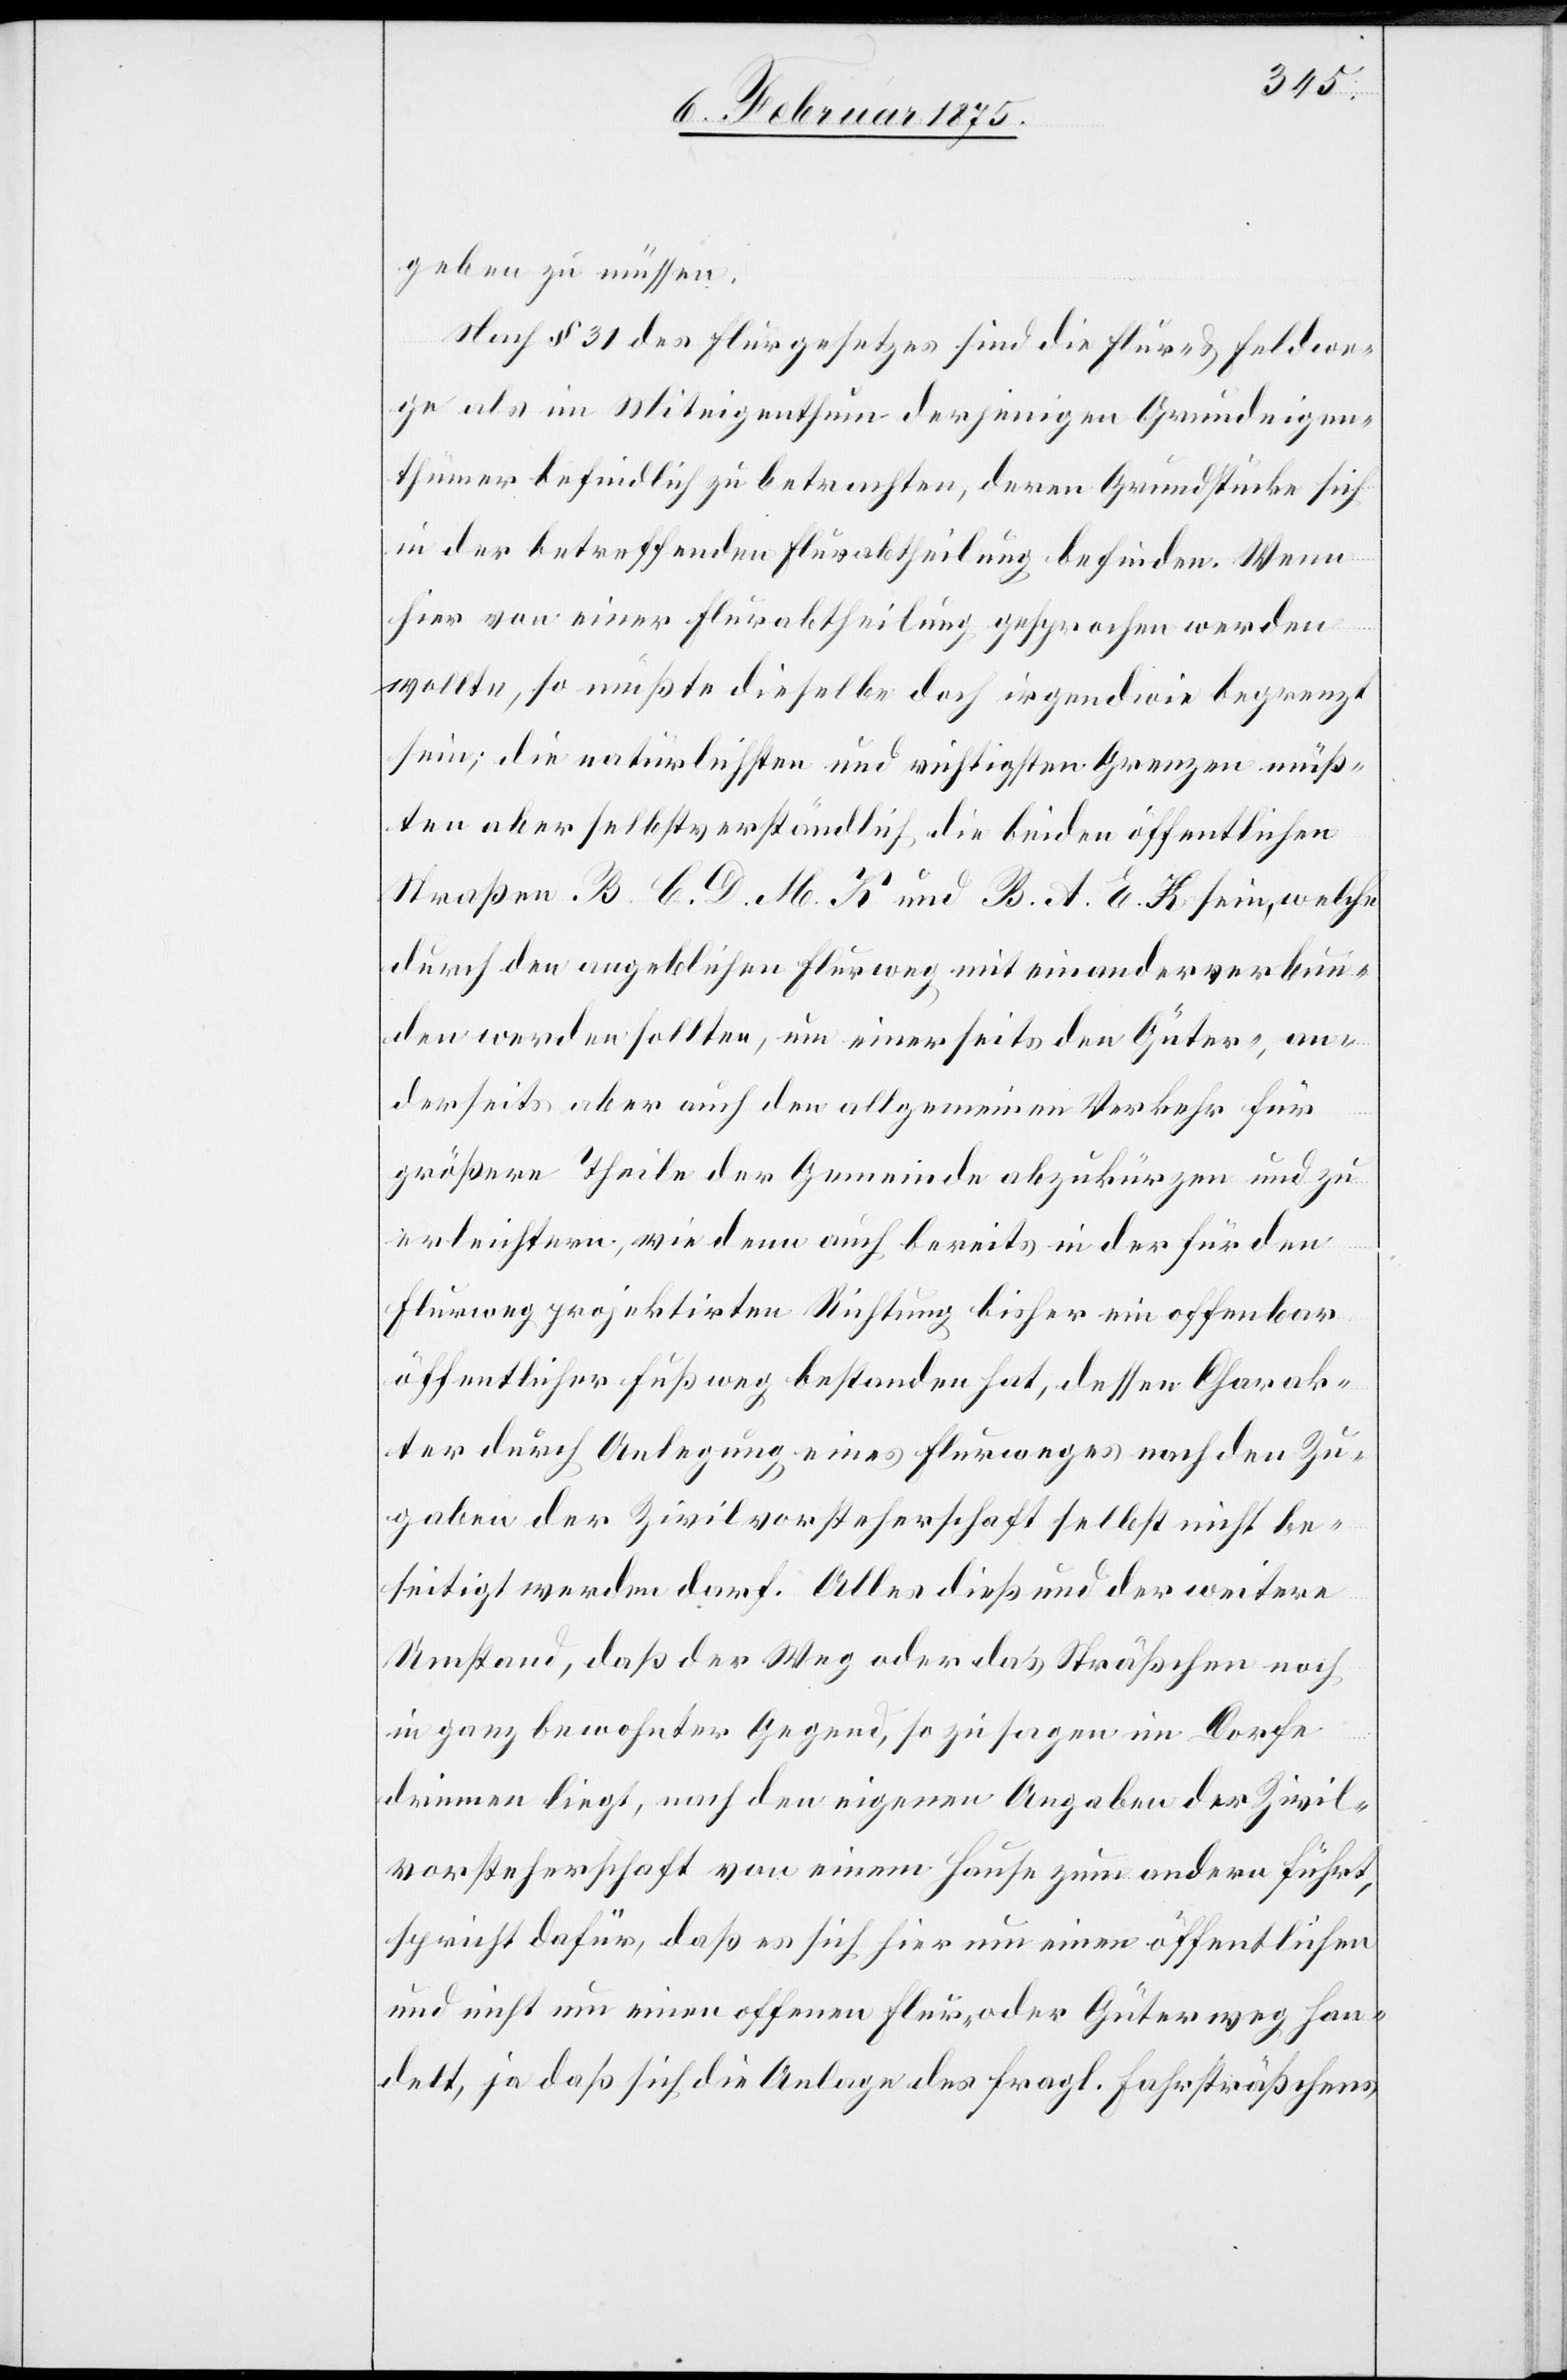
geben zu müssen.
Nach § 31 des Flurgesetzes sind die Flur- & Feldwe¬
ge als im Miteigenthum derjenigen Grundeigen¬
thümer befindlich zu betrachten, deren Grundstücke sich
in der betreffenden Flurabtheilung befinden. Wenn
hier von einer Flurabtheilung gesprochen werden
wollte, so müße dieselbe doch irgendwie begrenzt
sein; die natürlichsten und wichtigsten Grenzen müß¬
ten aber selbstverständlich die beiden öffentlichen
Straßen B. C. D. M. K und B. A. E. K sein, welche
durch den angeblichen Flurweg mit einander verbun¬
den werden sollten, um einerseits den Güter-, an¬
derseits aber auch den allgemeinen Verkehr für
größere Theile der Gemeinde abzukürzen und zu
erleichtern, wie denn auch bereits in der für den
Flurweg projektirten Richtung bisher ein offenbar
öffentlicher Fußweg bestanden hat, dessen Charak¬
ter durch Anlegung eines Flurweges nach den Zu¬
gaben der Zivilvorsteherschaft selbst nicht be¬
seitigt werden darf. Alle dieß und der weitere
Umstand, daß der Weg oder das Sträßchen noch
in ganz bewohnter Gegend, so zu sagen im Dorfe
drinnen liegt, nach den eigenen Angaben der Zivil¬
vorsteherschaft von einem Hause zum andern führt,
spricht dafür, daß es sich hier um einen öffentlichen
und nicht um einen offenen Flur- oder Güterweg han¬
delt, ja daß sich die Anlage des fragl. Fahrtsträßchens